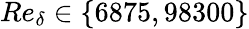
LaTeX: Re_{\delta}\in\{ 6875,98300\}